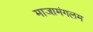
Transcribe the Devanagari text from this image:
माजामंगलम